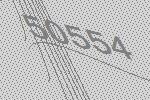
50554